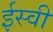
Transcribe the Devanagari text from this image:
र्इस्वी